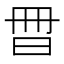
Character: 𣌧